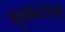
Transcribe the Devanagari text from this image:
गुनारतना